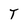
Character: T